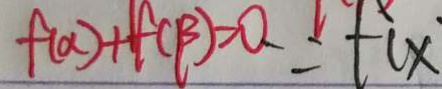
f ( \alpha ) + f ( \beta ) > 0 , \because = f ( x